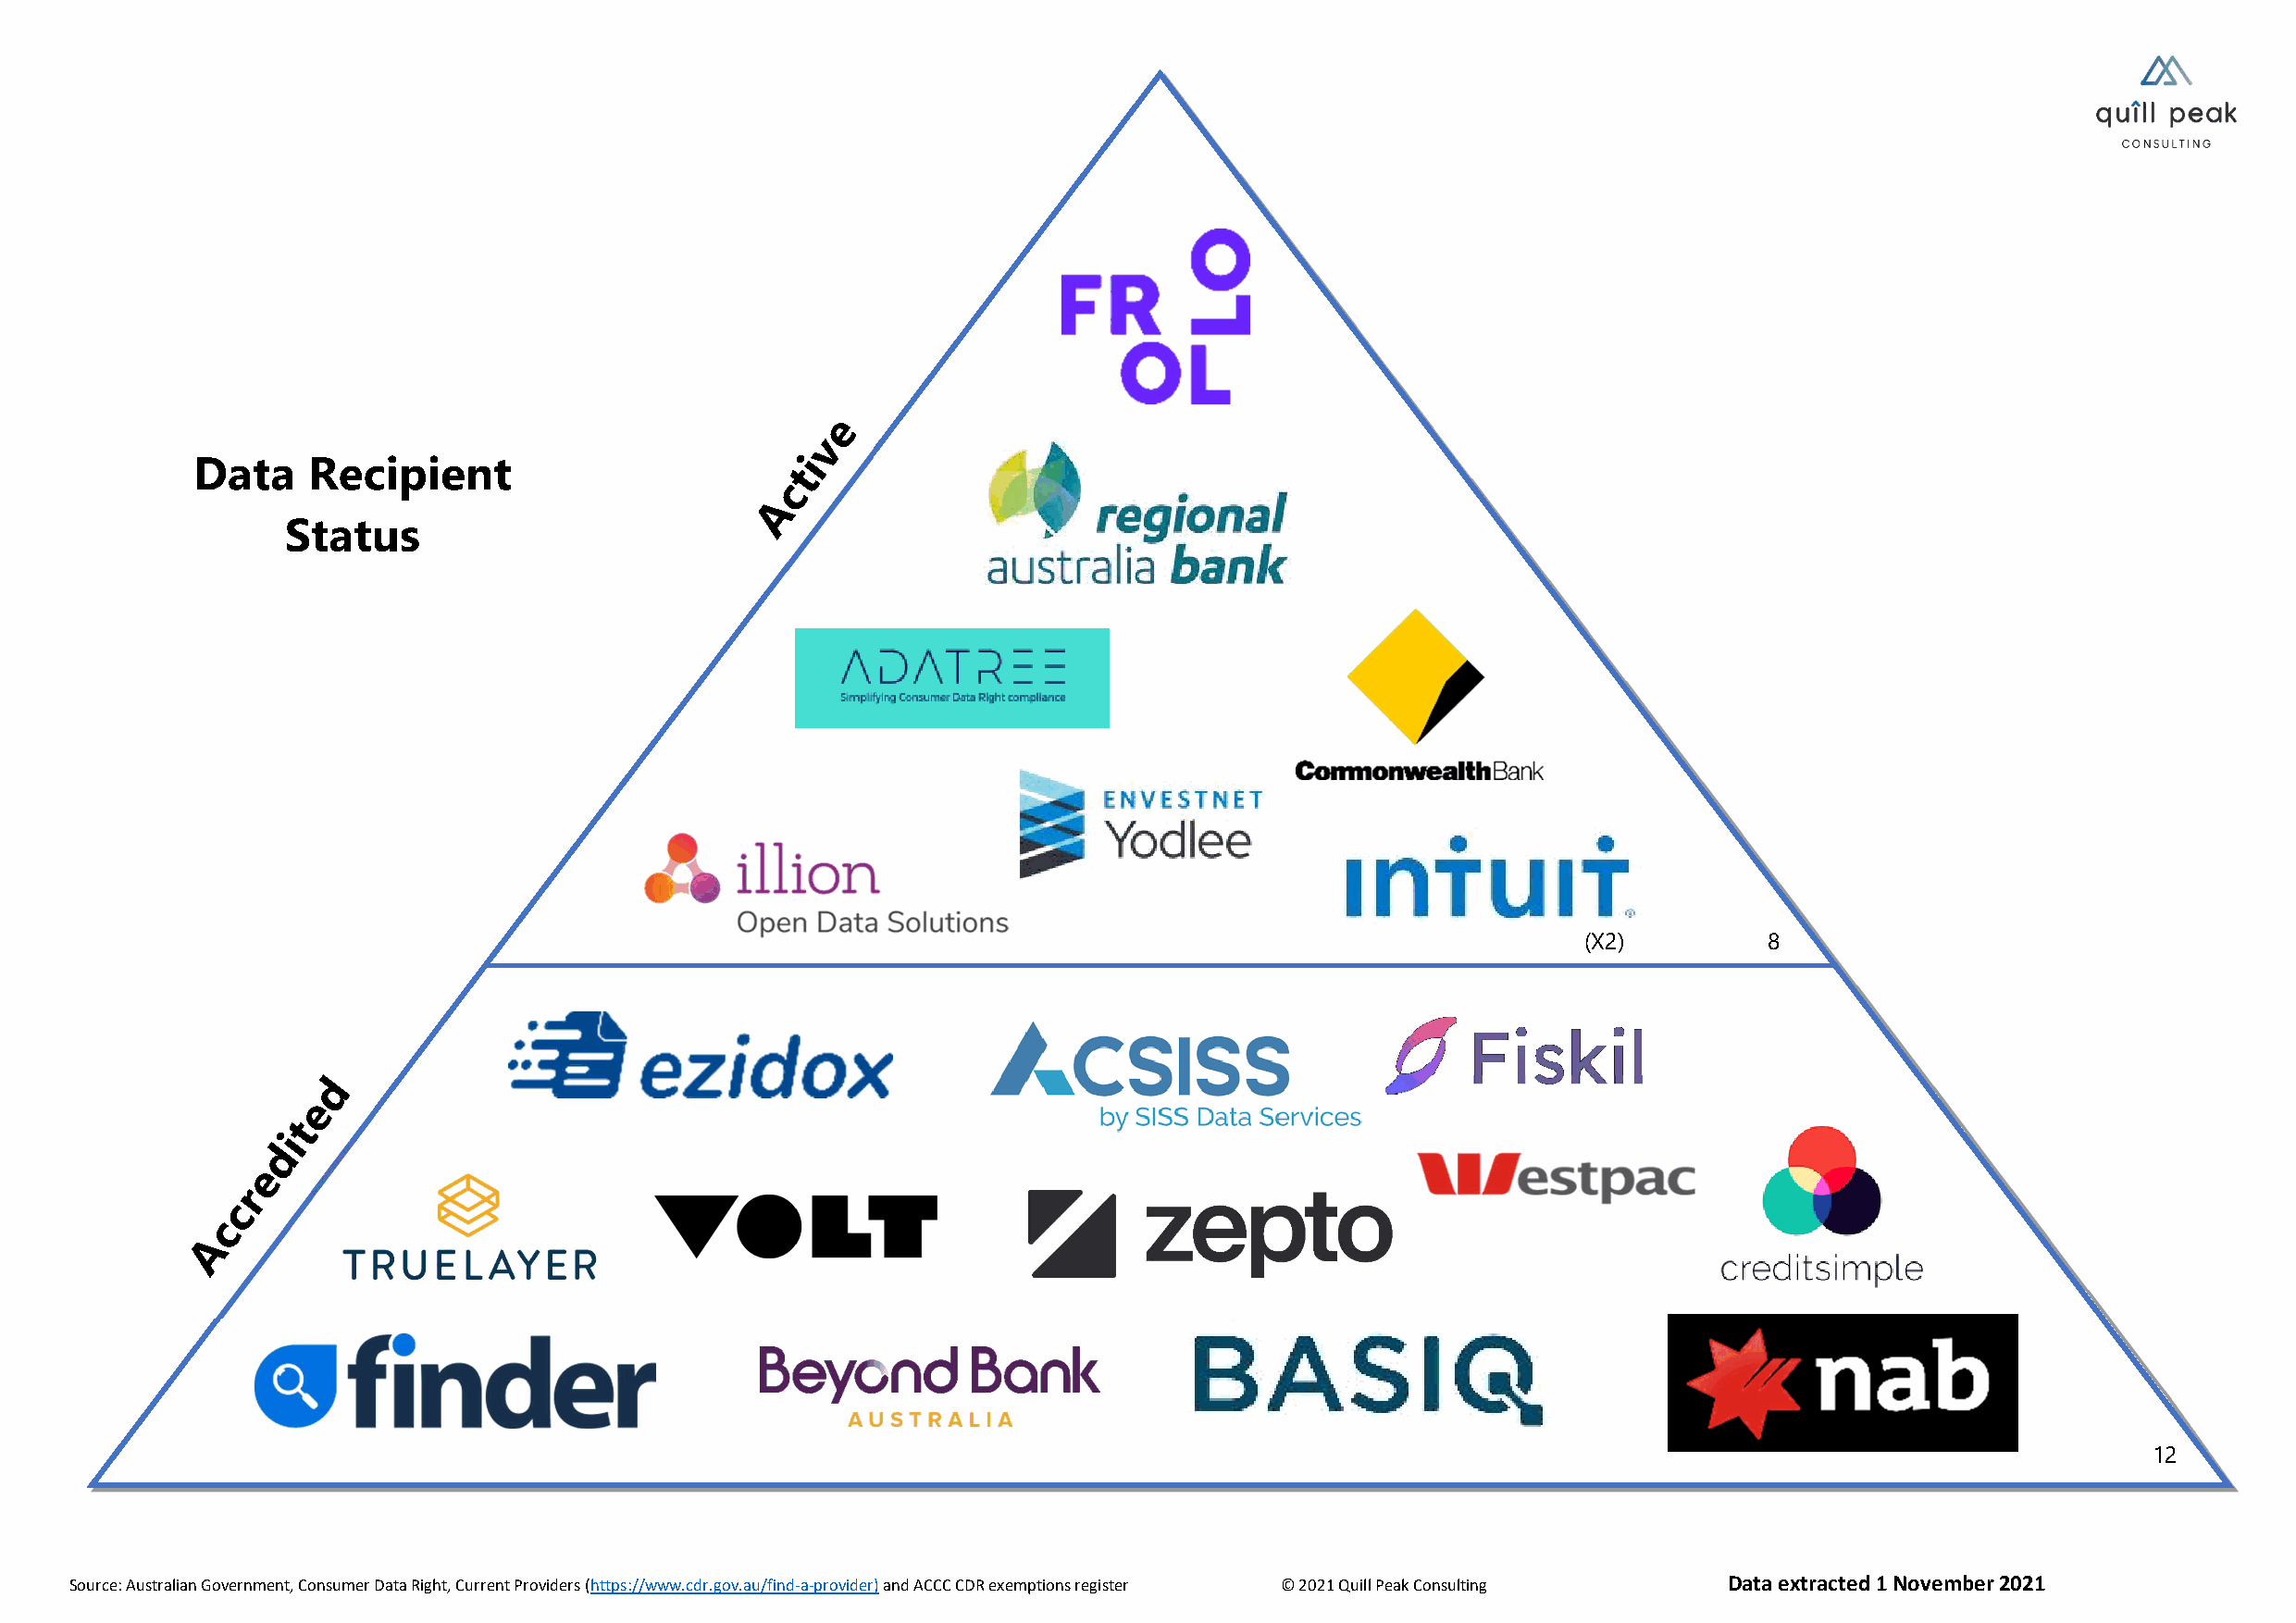
Data    Recipient
 Status
 (X2)         8
 12
 Source: Australian Government, Consumer Data Right, Current Providers (https://www.cdr.gov.au/find-a-provider) and ACCC CDR exemptions register © 2021 Quill Peak Consulting Data extracted 1 November 2021